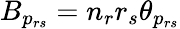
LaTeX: B_{p_{rs}}=n_{r}r_{s}\theta_{p_{rs}}